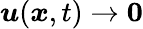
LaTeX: \boldsymbol{u}(\boldsymbol{x},t)\rightarrow\boldsymbol{0}